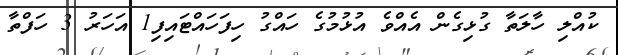
ކުއްލި ހާލަތާ ގުޅިގެން އެއްވެ އުޅުމުގެ ހައްގު ހިފަހައްޓައިފި1 އަހަރު 3 ހަފްތާ